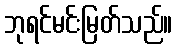
ဘုရင်မင်းမြတ်သည်။